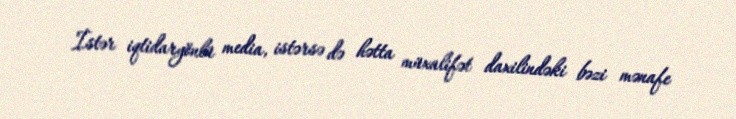
İstər iqtidaryönlü media, istərsə də hətta müxalifət daxilindəki bəzi mənafe